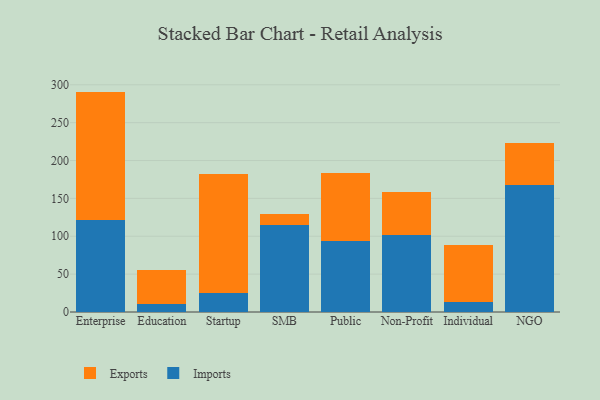
{"axis": {"x": "Segment", "y": "Operating Costs (USD K)"}, "legend": ["Exports", "Imports"], "data": [{"x": "Enterprise", "y": 121.2, "type": "Imports"}, {"x": "Enterprise", "y": 169.8, "type": "Exports"}, {"x": "Education", "y": 10.3, "type": "Imports"}, {"x": "Education", "y": 45.0, "type": "Exports"}, {"x": "Startup", "y": 25.5, "type": "Imports"}, {"x": "Startup", "y": 156.2, "type": "Exports"}, {"x": "SMB", "y": 114.4, "type": "Imports"}, {"x": "SMB", "y": 14.7, "type": "Exports"}, {"x": "Public", "y": 93.1, "type": "Imports"}, {"x": "Public", "y": 90.3, "type": "Exports"}, {"x": "Non-Profit", "y": 101.4, "type": "Imports"}, {"x": "Non-Profit", "y": 57.6, "type": "Exports"}, {"x": "Individual", "y": 12.6, "type": "Imports"}, {"x": "Individual", "y": 75.7, "type": "Exports"}, {"x": "NGO", "y": 167.4, "type": "Imports"}, {"x": "NGO", "y": 56.4, "type": "Exports"}]}